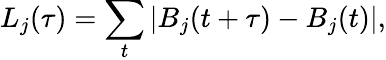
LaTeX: L_{j}(\tau)=\sum_{t}|B_{j}(t+\tau)-B_{j}(t)|,